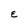
Character: E